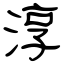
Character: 淳